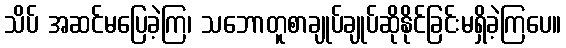
သိပ် အဆင်မပြေခဲ့ကြ၊ သဘောတူစာချုပ်ချုပ်ဆိုနိုင်ခြင်းမရှိခဲ့ကြပေ။